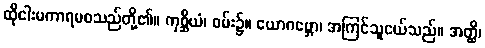
ထိုငါးမကာရမစသည်တို့၏။ ကုစ္ဆိယံ၊ ဝမ်း၌။ ယောဂဗ္ဘော၊ အကြင်သူငယ်သည်။ အတ္ထိ၊